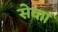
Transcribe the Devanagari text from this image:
सेवाा